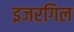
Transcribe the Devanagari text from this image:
इजरगिल